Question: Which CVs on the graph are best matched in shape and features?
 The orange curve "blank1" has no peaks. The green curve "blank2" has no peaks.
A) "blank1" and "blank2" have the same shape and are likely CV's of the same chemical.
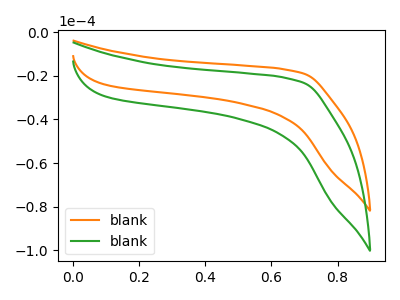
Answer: <think>Neither "blank1" or "blank2" have any peaks.
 </think>
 <answer>A) "blank1" and "blank2" have the same shape and are likely CV's of the same chemical.</answer>
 <eval>A</eval>